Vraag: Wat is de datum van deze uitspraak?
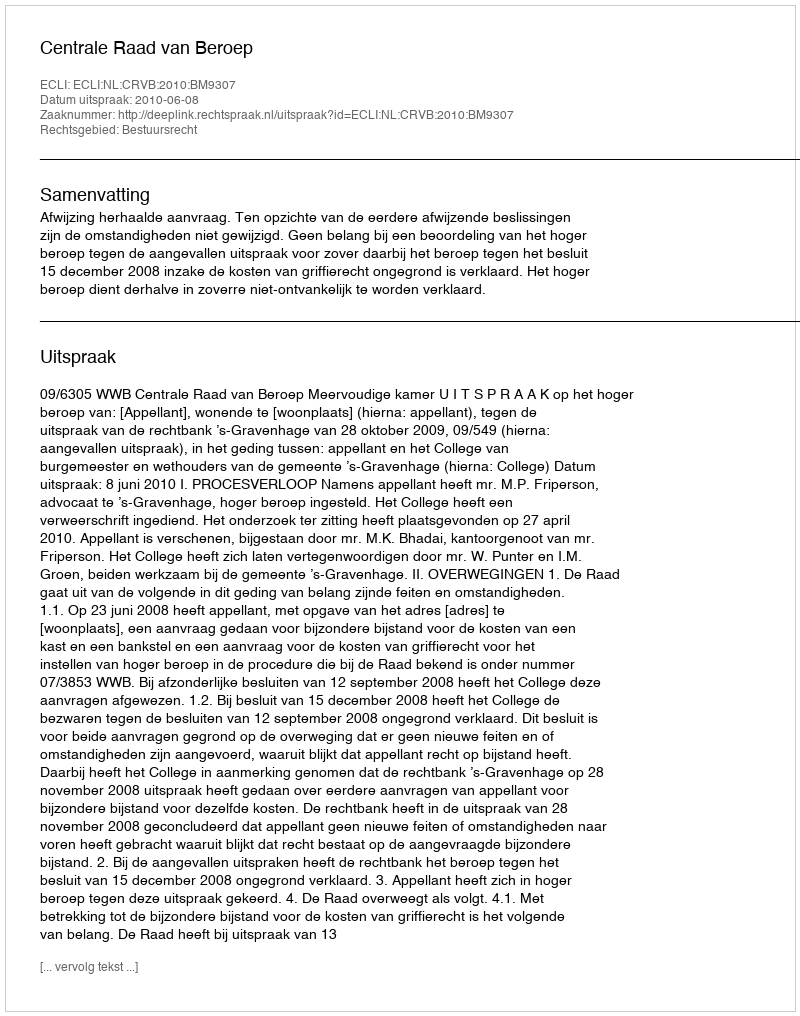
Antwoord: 2010-06-08